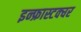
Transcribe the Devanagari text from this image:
इन्फ्रास्टक्चर